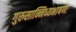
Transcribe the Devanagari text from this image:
गुरुसान्निध्यभाषणः